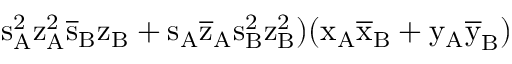
\mathrm { s _ { A } ^ { 2 } \mathrm { z _ { A } ^ { 2 } \mathrm { \overline { { s } } _ { B } \mathrm { z _ { B } + \mathrm { s _ { A } \mathrm { \overline { { z } } _ { A } \mathrm { s _ { B } ^ { 2 } \mathrm { z _ { B } ^ { 2 } ) ( \mathrm { x _ { A } \mathrm { \overline { { x } } _ { B } + \mathrm { y _ { A } \mathrm { \overline { { y } } _ { B } ) } } } } } } } } } } } }